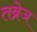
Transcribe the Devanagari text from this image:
तब्रेज